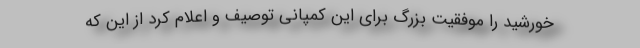
خورشید را موفقیت بزرگ برای این کمپانی توصیف و اعلام کرد از این که